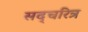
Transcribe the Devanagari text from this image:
सद्चरित्र